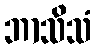
ဘာသိသံ